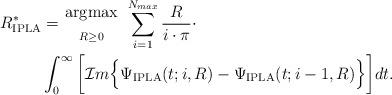
LaTeX: \begin{align*}R_{\textrm{IPLA}}^* &= { \mathrm{argmax}\atop{\scriptstyle{R \geq 0}} }~ \sum_{i=1}^{N_{max}} \frac{R}{i\cdot\pi} \cdot\\&\int_{0}^{\infty} \bigg[ \mathcal{I}m \Big\{ \Psi_{\textrm{IPLA}}(t;i, R) - \Psi_{\textrm{IPLA}}(t;i-1,R) \Big\} \bigg] dt.\end{align*}